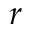
r